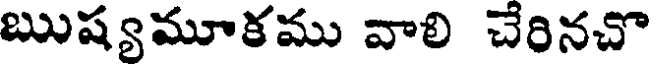
ఋష్యమూకము వాలి చేరినచొ